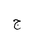
Letter: _gim